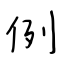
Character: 例